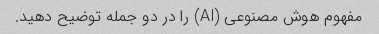
مفهوم هوش مصنوعی (AI) را در دو جمله توضیح دهید.